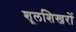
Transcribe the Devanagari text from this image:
शूलशिखरों